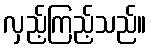
လှည့်ကြည့်သည်။